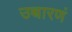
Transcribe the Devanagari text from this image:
उच्चारणं